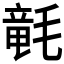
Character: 𣯡